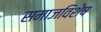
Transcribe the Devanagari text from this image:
समाजविशेष